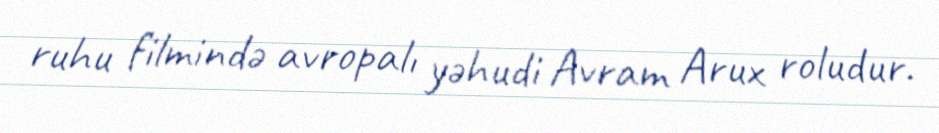
ruhu filmində avropalı yəhudi Avram Arux roludur.